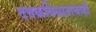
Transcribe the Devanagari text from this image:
दत्तकविधानाचाही